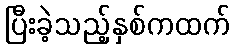
ပြီးခဲ့သည့်နှစ်ကထက်